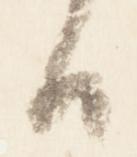
日